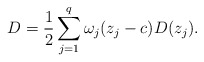
\begin{align*}D = \frac{1}{2} \sum^{q}_{j=1}\omega_j(z_j-c)D(z_j).\end{align*}